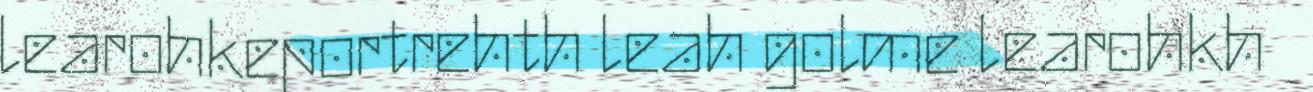
learohkeportrehth leah golme learohkh